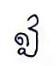
ឦ